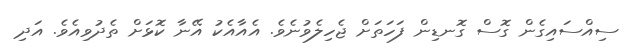
ސިއްސައިގެން ގޮސް ގޮނޑިން ފަހަތަށް ޖެހިލެވުނެވެ. އެއާއެކު އޭނާ ކޮޅަށް ތެދުވިއެވެ. އަދި